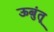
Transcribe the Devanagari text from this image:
ऊबुंतू